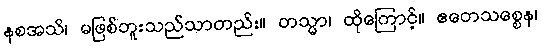
နစအသိ၊ မဖြစ်ဘူးသည်သာတည်း။ တသ္မာ၊ ထိုကြောင့်။ ဧတေသစ္စေန၊